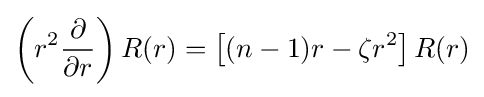
\left(r^{2}{\partial  \over \partial r}\right)R(r)=\left[(n-1)r-\zeta r^{2}\right]R(r)